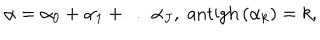
LaTeX: \alpha = \alpha _ { 0 } + \alpha _ { 1 } + \ldots \alpha _ { J } , \; \mathrm { a n t i g h } \left( \alpha _ { k } \right) = k ,